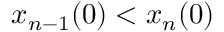
x _ { n - 1 } ( 0 ) < x _ { n } ( 0 )